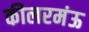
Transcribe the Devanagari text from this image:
कीलरमंऊ